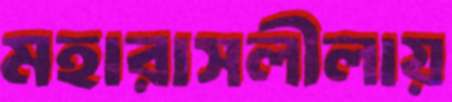
মহারাসলীলায়